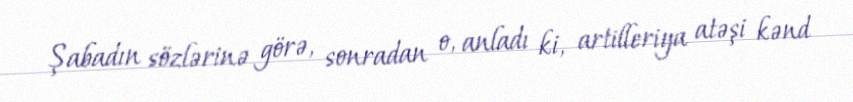
Şabadın sözlərinə görə, sonradan o, anladı ki, artilleriya atəşi kənd